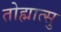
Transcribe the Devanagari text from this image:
तोह्मात्सु